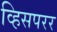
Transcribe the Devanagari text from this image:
व्हिसपरर